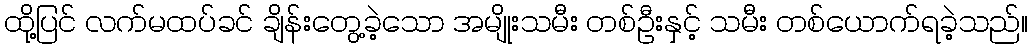
ထို့ပြင် လက်မထပ်ခင် ချိန်းတွေ့ခဲ့သော အမျိုးသမီး တစ်ဦးနှင့် သမီး တစ်ယောက်ရခဲ့သည်။